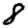
Digit: 8